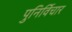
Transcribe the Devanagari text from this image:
पुनिर्विचार